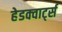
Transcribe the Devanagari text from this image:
हेडक्वार्ट्स